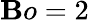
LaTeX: \mathbf{B}o=2